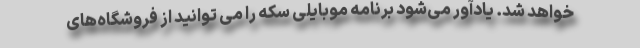
خواهد شد. یادآور می‌شود برنامه موبایلی سکه را می توانید از فروشگاه‌های